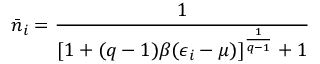
\bar { n } _ { i } = \frac { 1 } { [ 1 + ( q - 1 ) \beta ( \epsilon _ { i } - \mu ) ] ^ { \frac { 1 } { q - 1 } } + 1 }